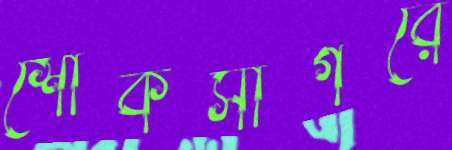
শোকসাগরে